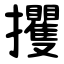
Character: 攫